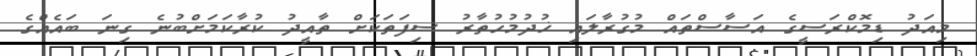
މިއަދު ޑިމޮކްރަސީގެ އަސާސްތައް މުގުރާލައި ޚުދުމުހުތާރު ސިފަތަކަށް ތާއީދު ކުރާކަމަށްބުނެ ގިނަ ބައެއްގެ